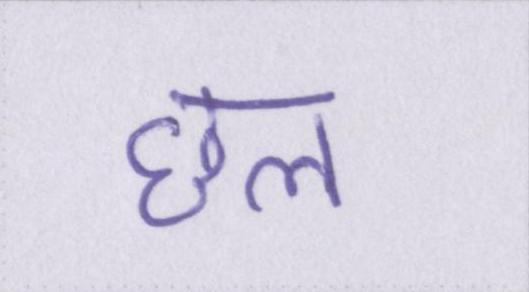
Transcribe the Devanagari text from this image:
छल